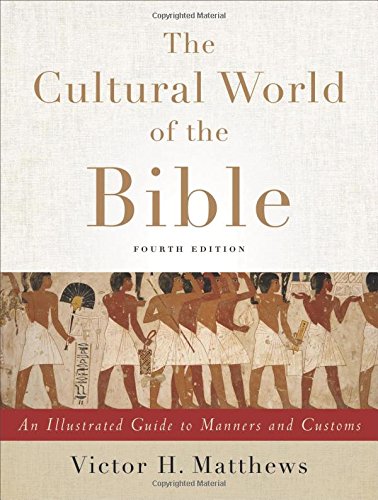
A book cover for The Cultural World of the Bible: An Illustrated Guide to Manners and Customs; Victor H. Matthews; Christian Books & Bibles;